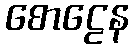
စောဠေန